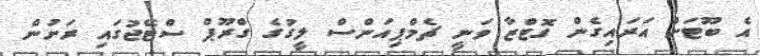
އެ ބޫޓަށް އަރައިގެން ގޮޓްޒާ ވަނީ ޗެމްޕިއަންސް ލީގުގެ ގްރޫޕް ސްޓޭޖުގައި ރަށުން